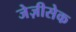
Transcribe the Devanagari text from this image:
जेज़ीसेक